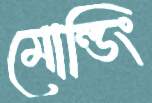
মোল্ডিং